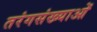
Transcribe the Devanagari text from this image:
तरंगसंख्याओं